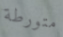
متورطة